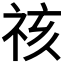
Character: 𮁷